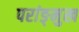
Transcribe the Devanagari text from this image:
परांङ्‌मुख